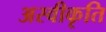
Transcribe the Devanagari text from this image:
अस्‍वीकृति